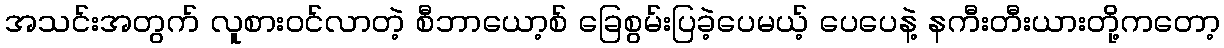
အသင်းအတွက် လူစားဝင်လာတဲ့ စီဘာယော့စ် ခြေစွမ်းပြခဲ့ပေမယ့် ပေပေနဲ့ နကီးတီးယားတို့ကတော့